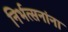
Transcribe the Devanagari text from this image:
निर्भत्सनांना